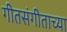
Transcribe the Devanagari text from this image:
गीतसंगीताच्या